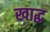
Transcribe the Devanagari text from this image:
खाद्ध